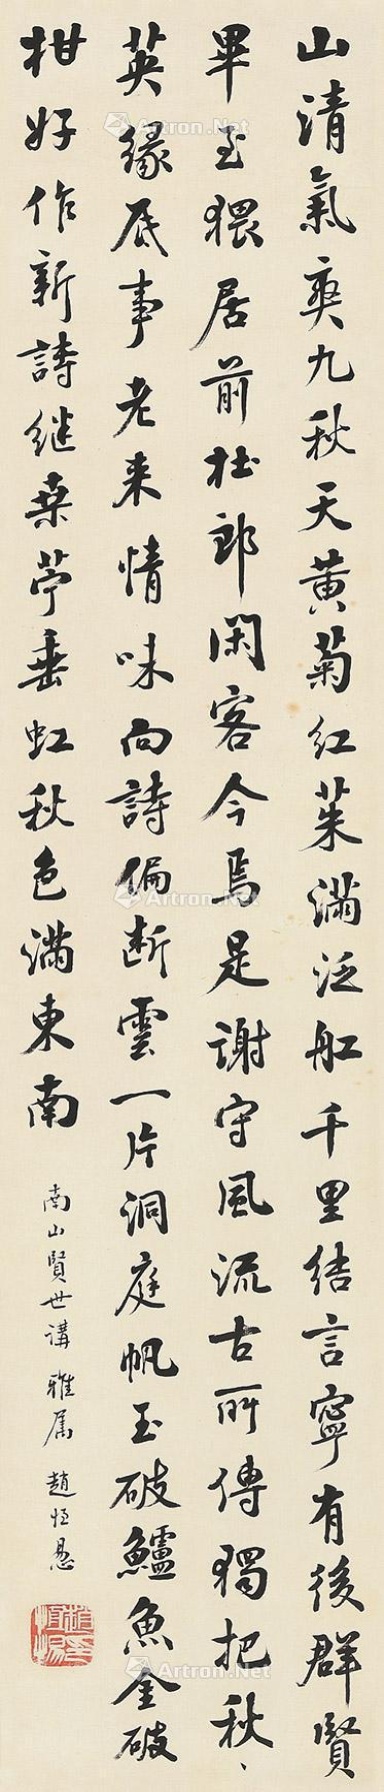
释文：山清气爽九秋天，黄菊红茱满泛船。千里结言宁有后，群贤毕至猥居前。杜郎闲客今焉是，谢守风流古所传。独把秋英缘底事，老来情味向诗偏。断云一叶洞庭帆，玉破鲈鱼金破柑。好作新诗继桑苎，垂虹秋色满东南。南山贤世讲雅属，赵恒惕。